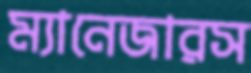
ম্যানেজারস